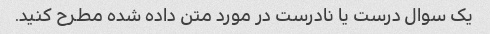
یک سوال درست یا نادرست در مورد متن داده شده مطرح کنید.